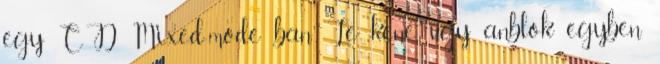
egy CD Mixed-mode ban Le kene ugy anblok egyben